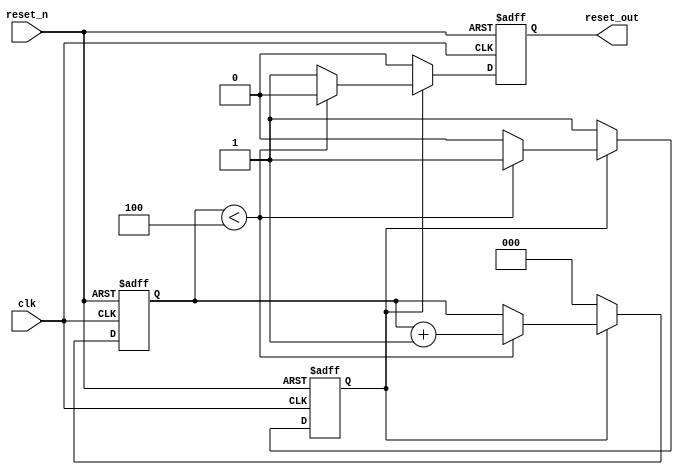
module power_on_reset #(
    parameter DELAY_CYCLES = 5 // Configurable delay in clock cycles
)(
    input wire clk,           // Clock signal
    input wire reset_n,      // Active-low reset signal
    output reg reset_out      // Output reset signal
);

    reg [2:0] counter; // Counter to track the delay cycles
    reg por_active;    // Indicates if power-on reset is active

    // State machine for managing the reset state
    always @(posedge clk or negedge reset_n) begin
        if (!reset_n) begin
            // If reset_n is asserted, drive reset_out low
            reset_out <= 1'b0;
            por_active <= 1'b0; // Deactivate power-on reset
            counter <= 3'd0;   // Reset the counter
        end else begin
            // If power-on reset is active and counter is less than DELAY_CYCLES
            if (por_active) begin
                if (counter < DELAY_CYCLES - 1) begin
                    counter <= counter + 1; // Increment counter
                    reset_out <= 1'b0; // Keep reset_out low during delay
                end else begin
                    reset_out <= 1'b1; // Release reset after delay
                    por_active <= 1'b0; // End power-on reset
                end
            end else begin
                // If the system just powered up, initiate the power-on reset
                reset_out <= 1'b0; // Set reset_out low
                por_active <= 1'b1; // Activate power-on reset
                counter <= 3'd0;   // Initialize counter
            end
        end
    end

    // Initialization on power-up (asynchronous)
    initial begin
        reset_out = 1'b1; // Start with reset_out high
        por_active = 1'b0; // Power-on reset not active
        counter = 3'd0;    // Initialize counter
    end

endmodule